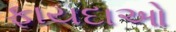
ફાયદાઓ